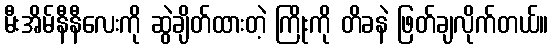
မီးအိမ်နီနီလေးကို ဆွဲချိတ်ထားတဲ့ ကြိုးကို တိခနဲ ဖြတ်ချလိုက်တယ်။